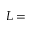
L =